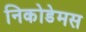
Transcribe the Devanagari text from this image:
निकोडेमस